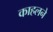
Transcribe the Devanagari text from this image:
काहलने